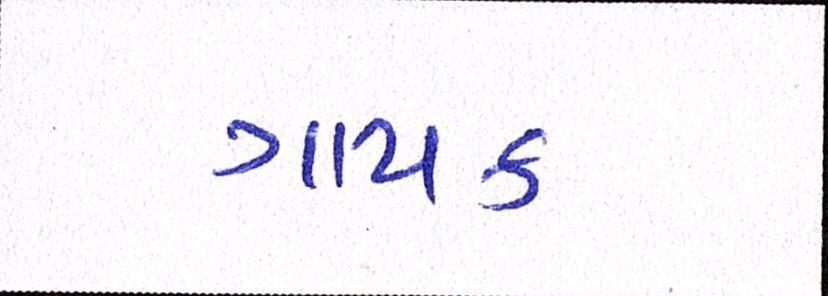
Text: ગાયક